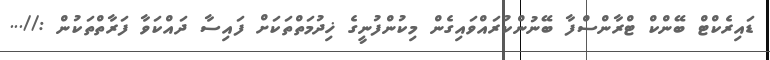
ޑައިރެކްޓް ބޭންކް ޓްރާންސްފާ ބޭނުންކުރައްވައިގެން މިކުންފުނީގެ ޚިދުމަތްތަކަށް ފައިސާ ދައްކަވާ ފަރާތްތަކުން ://...